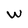
Character: w